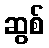
ဆွစ်